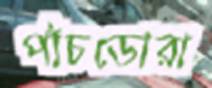
পাঁচডোরা